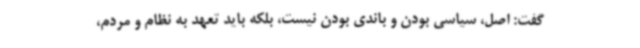
گفت: اصل، سیاسی بودن و باندی بودن نیست، بلکه باید تعهد به نظام و مردم،